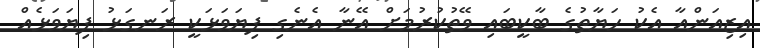
އިޒިއަންއާ އެކު ހަޔާތުގެ ބާކީބައި ވޭތުކުރުމަށް އޭނާ އެނެގި ފިޔަވަޅަކީ ރަނގަޅު ފިޔަވަޅެއް